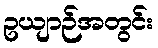
ဥယျာဉ်အတွင်း